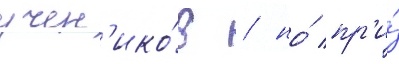
учен'ико́в / но́ пр'и́